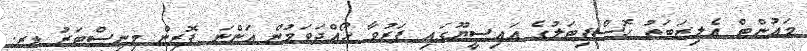
މައުންޓް އެލިޒަބަތު ހޮސްޕިޓަލުގެ އައިސީޔޫގައި ފަރުވާ ހޯއްދަވަމުން އަންނަ ފޮރިން މިނިސްޓަރު ޑރ.